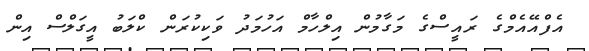
އެފްއޭއެމްގެ ރައީސްގެ މަގާމުން އިލްހާމް އަހުމަދު ވަކިކުރަން ކްލަބު އީގަލްސް އިން